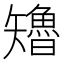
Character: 𮀊